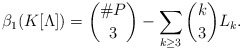
\begin{align*} \beta_1(K[\Lambda]) = \binom{\# P}{3} - \sum_{k \ge 3} \binom{k}{3} L_k. \end{align*}